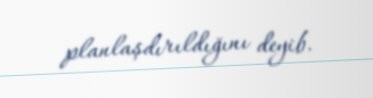
planlaşdırıldığını deyib.